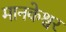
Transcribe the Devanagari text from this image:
मानकेश्वर